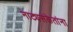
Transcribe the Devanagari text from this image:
नाट्यसंकेतांना